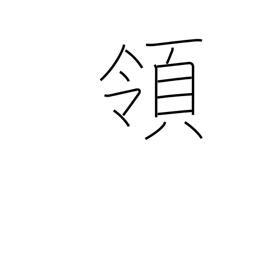
Meaning: reign